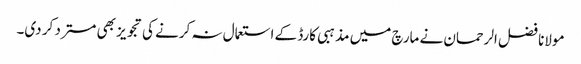
مولانا فضل الرحمان نے مارچ میں مذہبی کارڈ کے استعمال نہ کرنے کی تجویز بھی مسترد کر دی۔